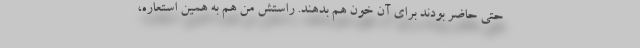
حتی حاضر بودند برای آن خون هم بدهند. راستش من هم به همین استعاره‌،